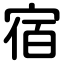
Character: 宿